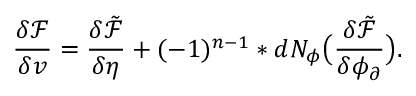
\frac { \delta \mathcal { F } } { \delta v } = \frac { \delta \tilde { \mathcal { F } } } { \delta \eta } + ( - 1 ) ^ { n - 1 } \ast d N _ { \phi } \big ( \frac { \delta \tilde { \mathcal { F } } } { \delta \phi _ { \partial } } \big ) .